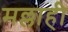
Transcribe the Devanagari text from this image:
मल्लाही